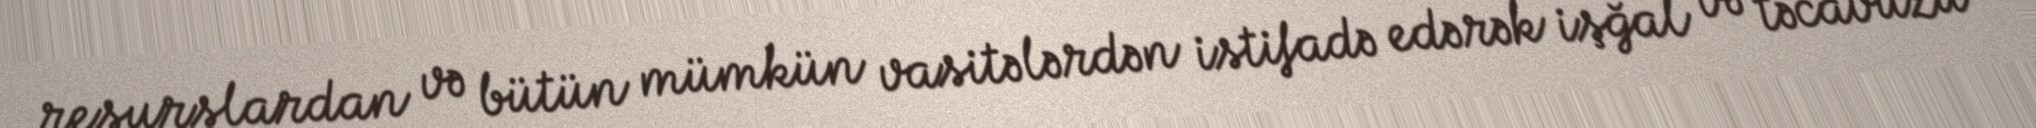
resurslardan və bütün mümkün vasitələrdən istifadə edərək işğal və təcavüzü